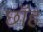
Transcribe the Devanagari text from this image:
छॉह